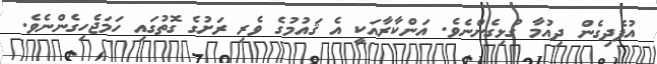
އުފެދިގެން ދިއުމާ ގުޅިގެންނެވެ. އަންކާރާއަކީ އެ ޤައުމުގެ ވެރި ރަށުގެ ގޮތުގައި ހަމަޖެހިގެންނެވެ.